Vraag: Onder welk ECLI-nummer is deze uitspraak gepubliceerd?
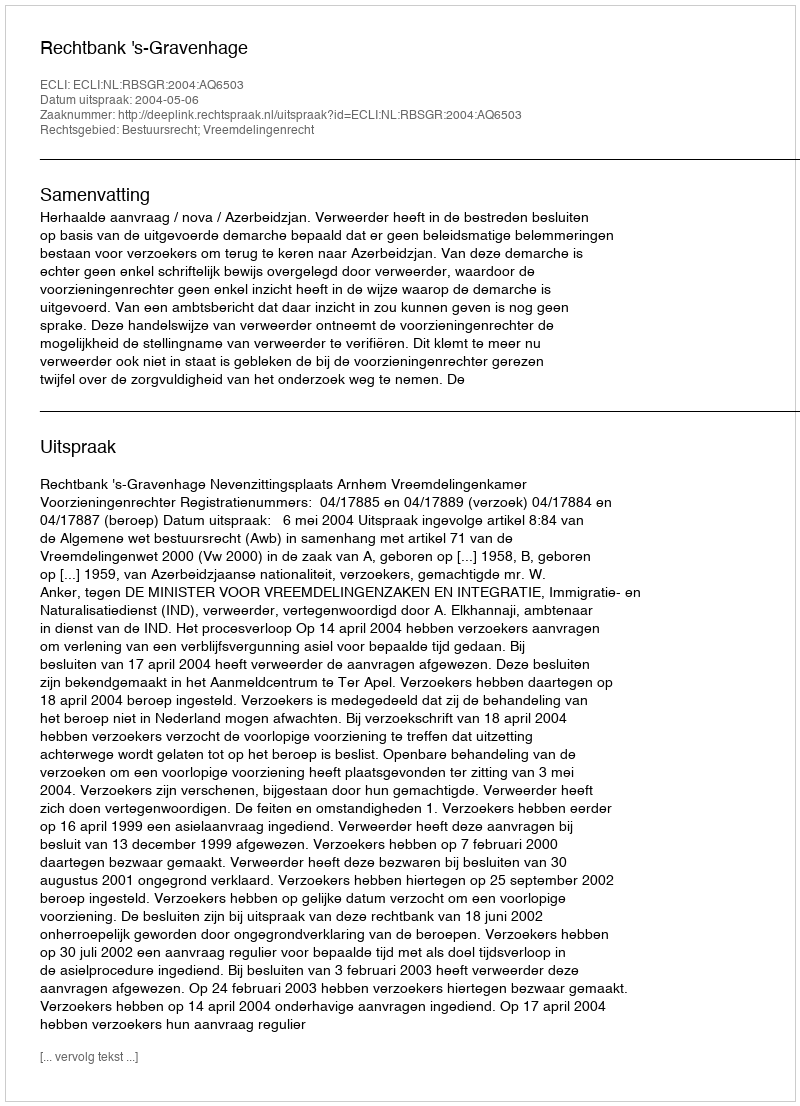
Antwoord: ECLI:NL:RBSGR:2004:AQ6503